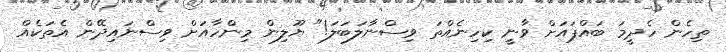
ތިހެން ހެދީމަ ބައްޕައަށް ވާނީ ކިހިނެއްތަ ވިސްނާލަބަލަ!" ޔޫލިން މިންހާއަށް ވިސްނައިދޭން އެތަކެއް